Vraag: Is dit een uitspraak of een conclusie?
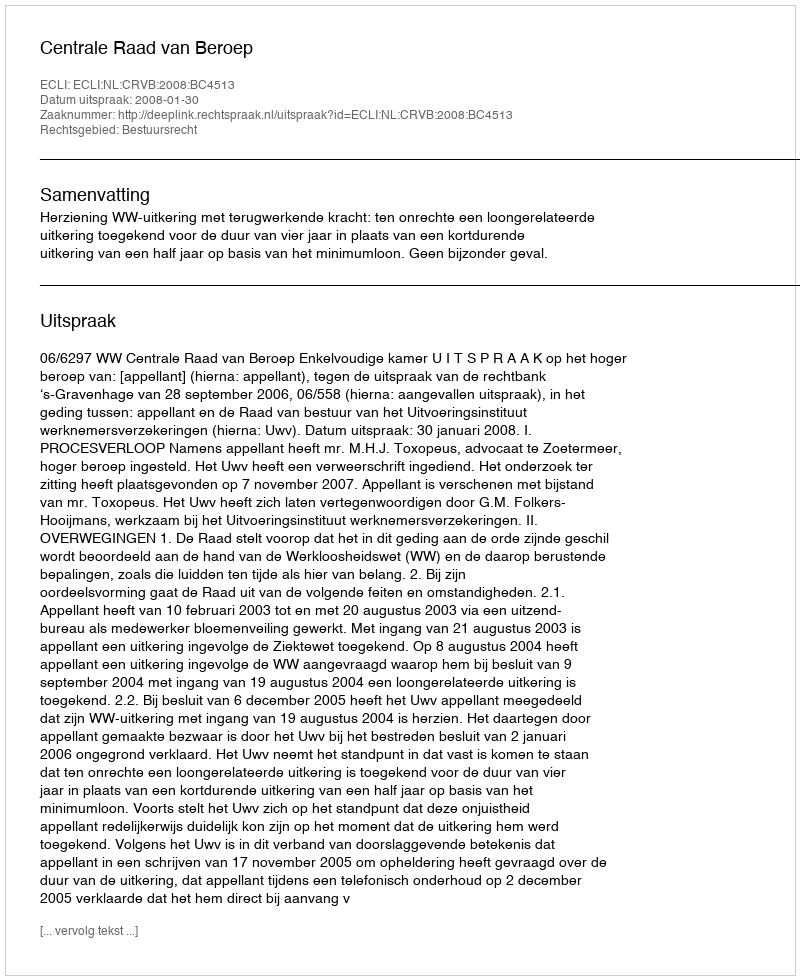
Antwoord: Uitspraak